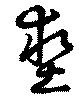
墊